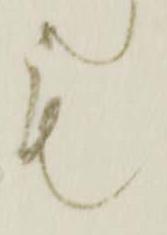
も